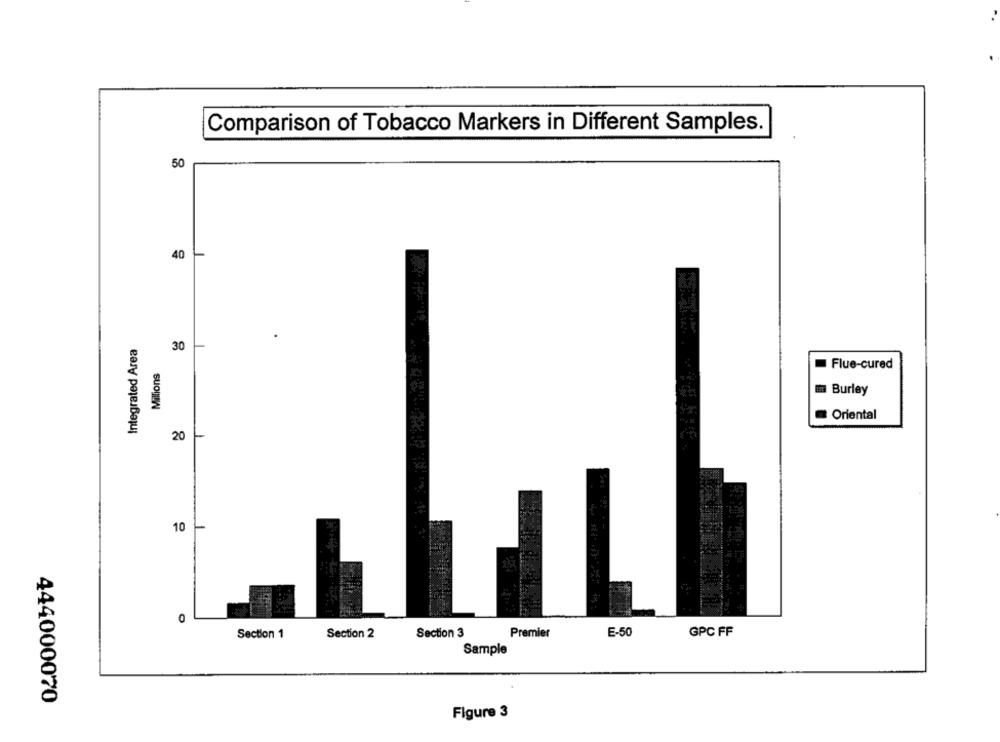
Comparison of Tobacco Markers in Different Samples.
50
40
Integrated Area
30
Millions
Flue-cured
Burley
Oriental
20
10
0
Section 1
Section 2
Section 3
Premier
E-50
GPC FF
Sample
444000070
Figure 3